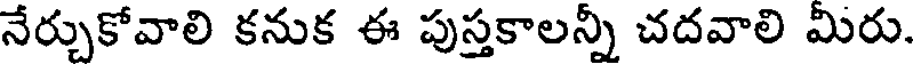
నేర్చుకోవాలి కనుక ఈ పుస్తకాలన్నీ చదవాలి మిరు.